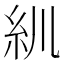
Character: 𥾖